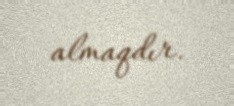
almaqdır.